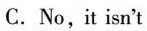
C.No,it isn't